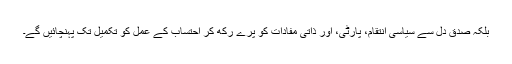
بلکہ صدق دل سے سیاسی انتقام، پارٹی، اور ذاتی مفادات کو پرے رکھ کر احتساب کے عمل کو تکمیل تک پہنچائیں گے۔